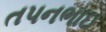
તપનભાઇ